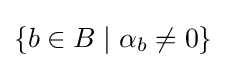
\{b\in B\mid \alpha _{b}\neq 0\}